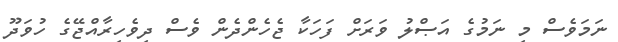
ނަމަވެސް މި ނަމުގެ އަޞްލު ވަރަށް ފަހަކާ ޖެހެންދެން ވެސް ދިވެހިރާއްޖޭގެ ހުވަދޫ